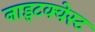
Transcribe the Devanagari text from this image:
नाइटक्वेस्ट